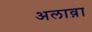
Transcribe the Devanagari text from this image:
अलाव़ा